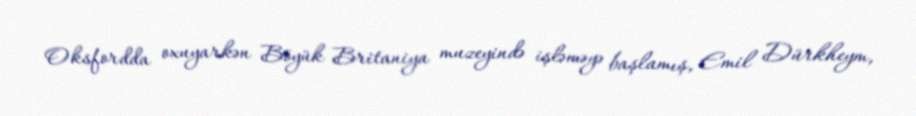
Oksfordda oxuyarkən Böyük Britaniya muzeyində işləməyə başlamış, Emil Dürkheym,